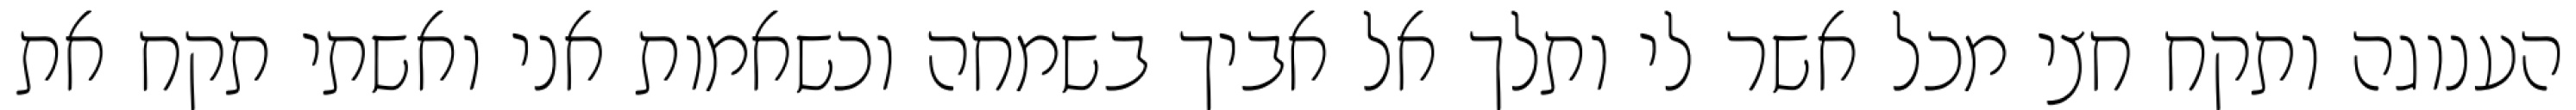
הענוגה ותקח חצי מכל אשר לי ותלך אל אביך בשמחה וכשאמות אני ואשתי תקח את